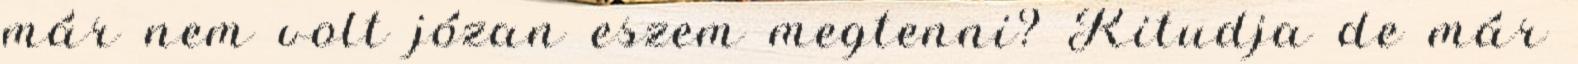
már nem volt józan eszem megtenni? Kitudja de már